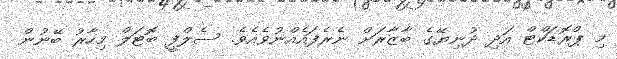
މި ޕްރޮޑަކްޓް އަދި ދުނިޔޭގެ ބާޒާރަށް ނެރެފައެއްނުވެއެވެ. ސެލްފީ ބޮޓަލް މިހާރު ބޭނުން